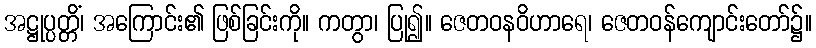
အဋ္ဌုပ္ပတ္တိံ၊ အကြောင်း၏ ဖြစ်ခြင်းကို။ ကတွာ၊ ပြု၍။ ဇေတဝနဝိဟာရေ၊ ဇေတဝန်ကျောင်းတော်၌။